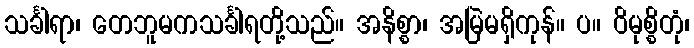
သင်္ခါရာ၊ တေဘူမကသင်္ခါရတို့သည်။ အနိစ္စာ၊ အမြဲမရှိကုန်။ ပ။ ဝိမုစ္စိတုံ၊